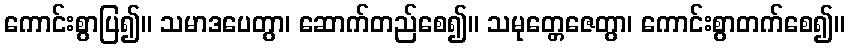
ကောင်းစွာပြ၍။ သမာဒပေတွာ၊ ဆောက်တည်စေ၍။ သမုတ္တေဇေတွာ၊ ကောင်းစွာတက်စေ၍။